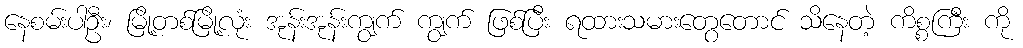
နေစမ်းပါဦး၊ မြို့တစ်မြို့လုံး အုန်းအုန်းကျွက် ကျွက် ဖြစ်ပြီး ရထားသမားတွေတောင် သိနေတဲ့ ကိစ္စကြီး ကို